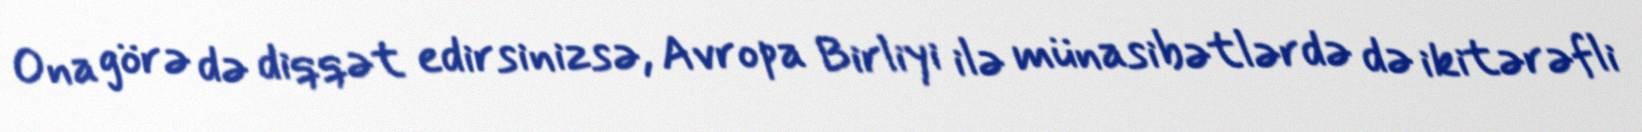
Ona görə də diqqət edirsinizsə, Avropa Birliyi ilə münasibətlərdə də ikitərəfli